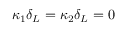
\kappa _ { 1 } \delta _ { L } = \kappa _ { 2 } \delta _ { L } = 0